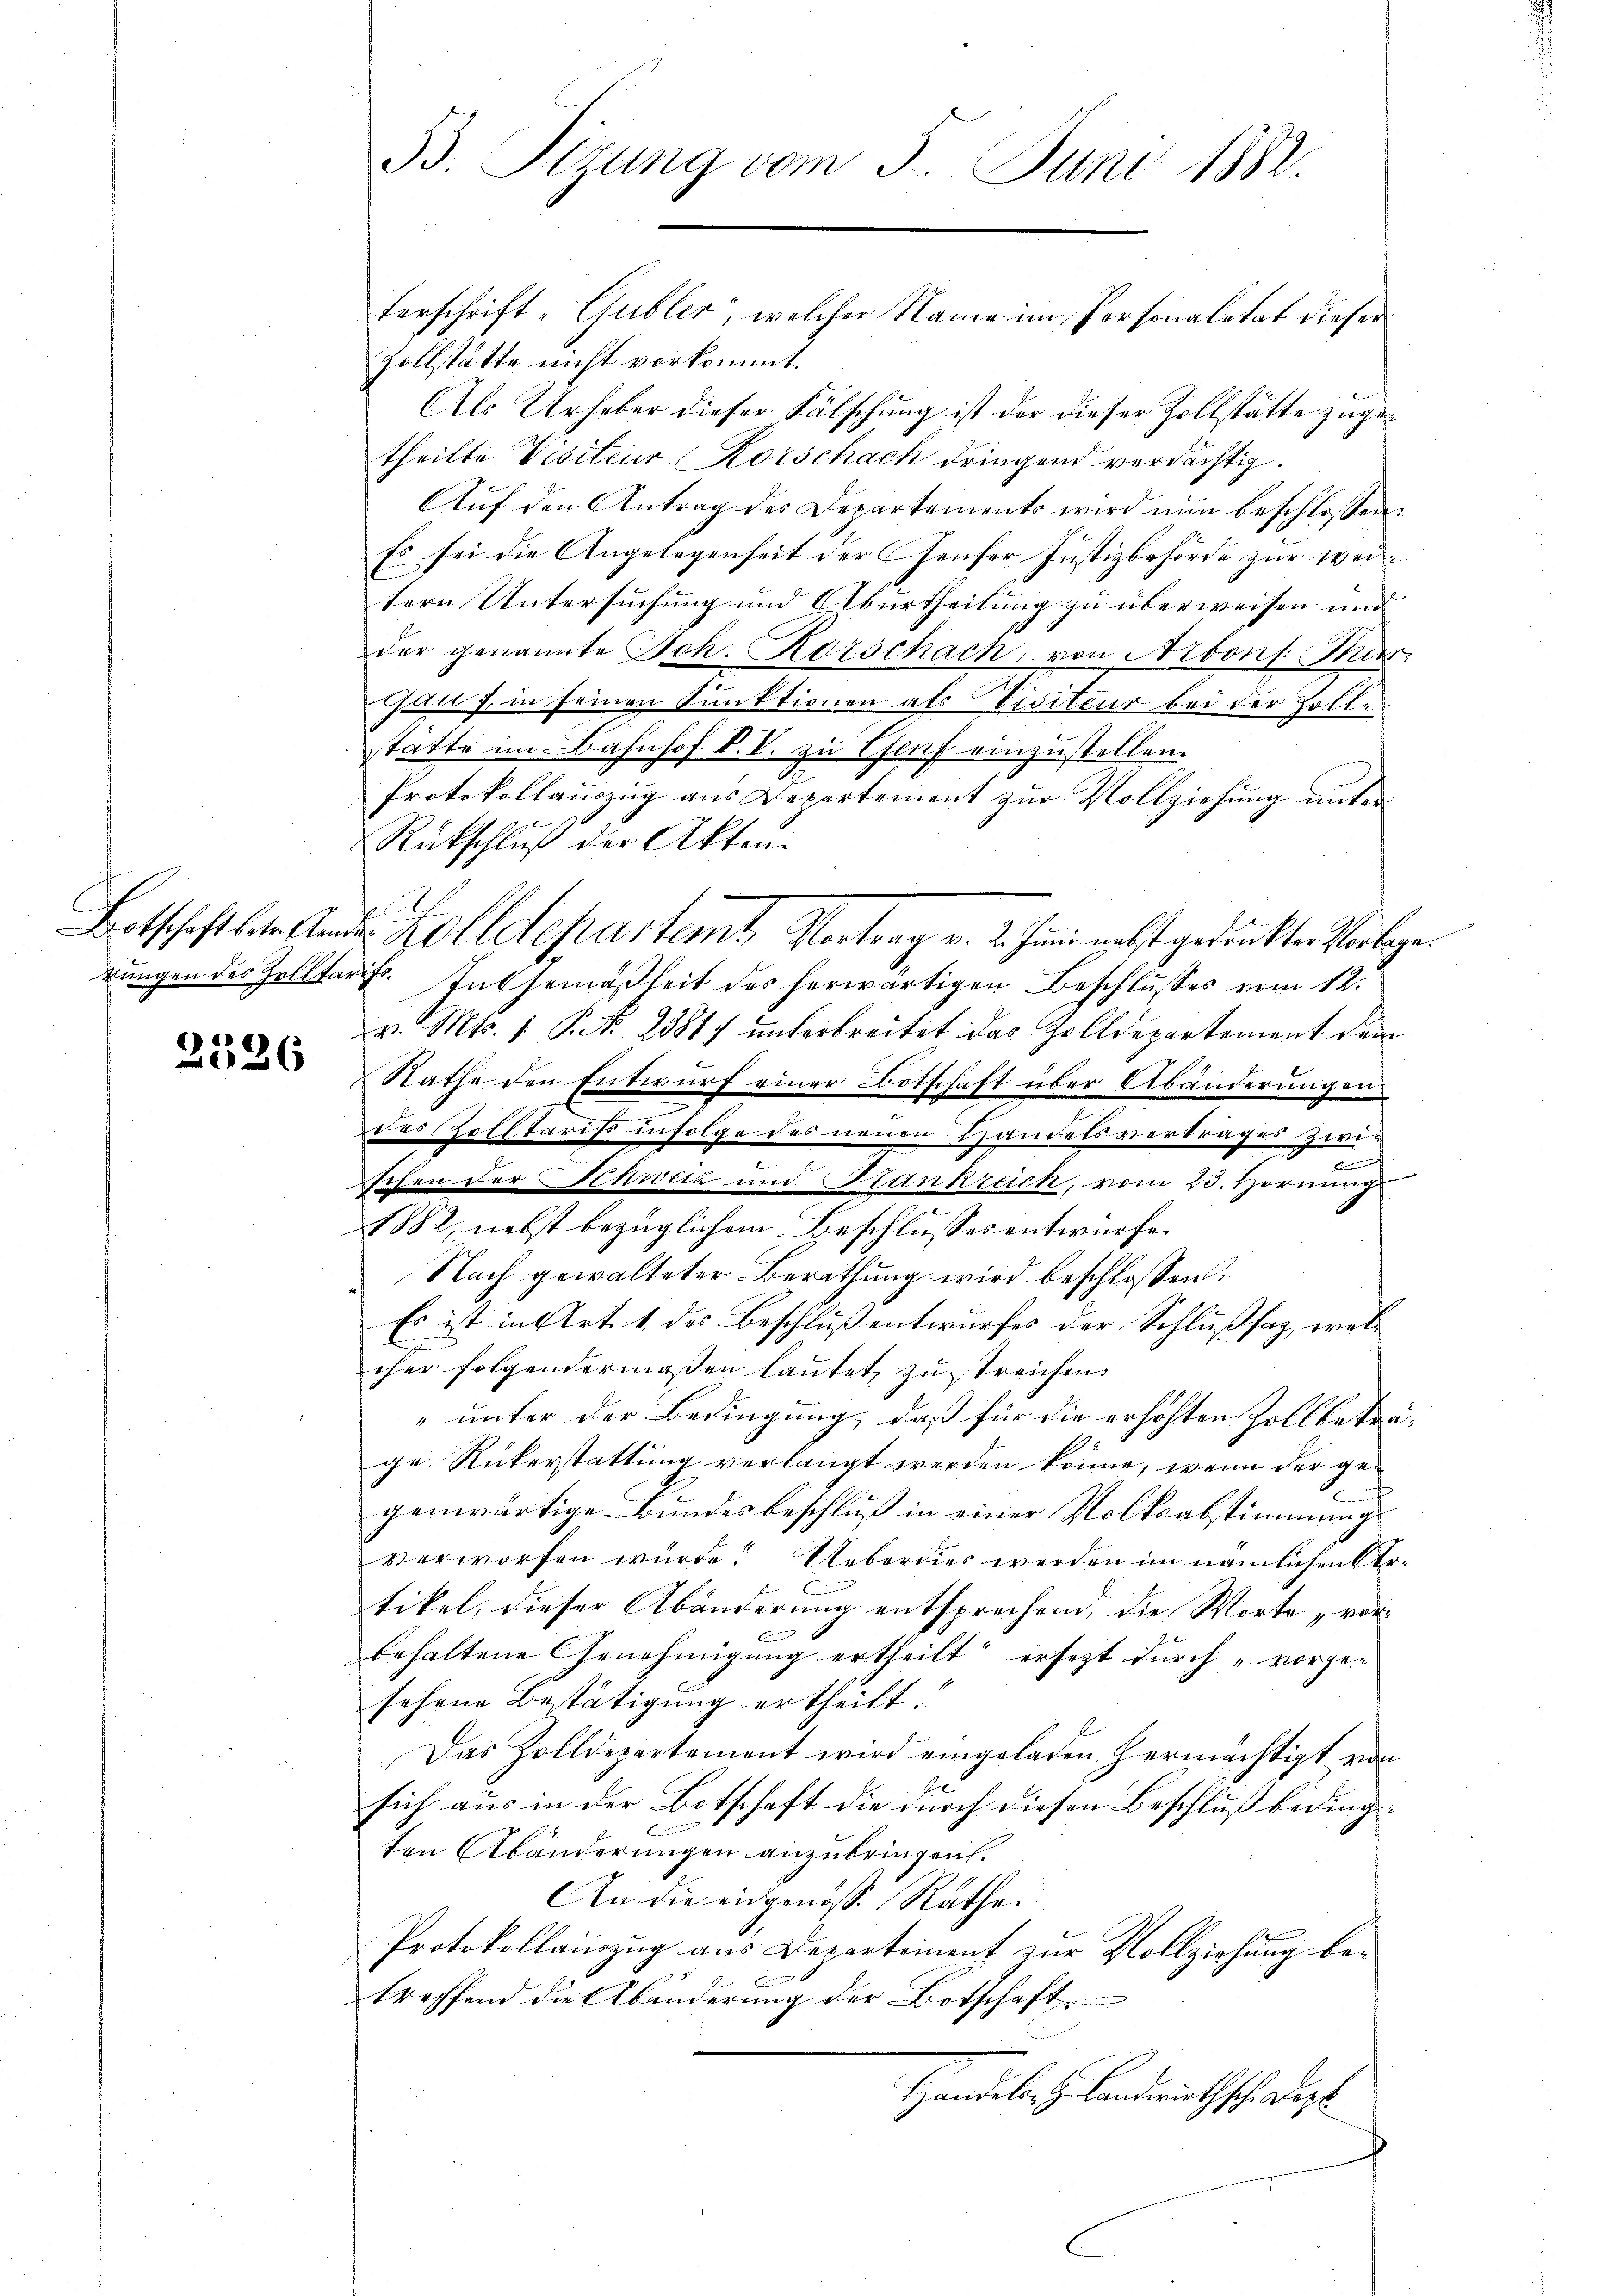
kungen des Zolltar

2326

B. Sizung vom 5. Juni 1882.

Zollstätte nicht vorkommt.
Als Urheber dieser Fälschung ist der dieser Zollstätte zugetheilte Visiteur Korschach dringend verdächtig.
Auf den Antrag des Departements wird nun beschlossen:
Es sei die Angelegenheit der Genfer Justizbehörde zur weil
tern Untersuchung und Aburtheilung zu überweisen und
der genannte Joh. Rorschach, von Arbons. Mur
Juli J. in seinen Sunktionen als Visiteur bei der Zollstätte im Bahnhof P. V. zu Genf einzustellen.
Protokollaŭszŭg ans Departement zŭr Vollziehŭng ŭnter-
Rückschluß der Akten.
E
Botschaft betr. Andes Zolldepartemt Vortrag v. 2. Juni nebst gedankten Verbegef. In Gemäßheit des herwärtigen Beschlusses vom 12.
v. Mts. 1 S. 28817 unterbreitet das Zolldepartement dem
Rathe den Entwurf einer Botschaft über Abänderungen
des Polftarifs infolge des neuen Handelsvertrages zwi¬
u
schen der Schweiz und Stankreich, vom 23. Hornung
1882, nebst bezüglichem Beschlusses entwürfe.
Nach gewalteter Berathung wird beschlossen:
Es ist in Art. 1 des Beschluß entwurfes der Schlußsaz, wel¬
E
cher folgendermaßen laŭtet zu streichen.
" unter der Bedingung, daß für die erhöhten Zollbeträ-
ge Rükerstattung verlangt werden könne, wenn der gegenwärtige Bundesbeschluß in einer Volksabstimmung
verworfen wurde. Ueberdies werden im nämlichen Artikel, dieser Abänderung entsprechend, die Worte „vor
behaltene Genehmigŭng ertheilt ersezt durch „vorge-
sehene Bestätigung ertheilt.
Das Zolldepartement wird eingeladen Hermächtigt von
sich aus in der Botschaft die durch diesen Beschluß bedingten Abänderungen anzubringen.
An die eidgenöss. Räthe.
Protokollauszug aus Departement zur Vollziehung betreffend die Abänderung der Botschaft
Handeler z. Landwirthsche degl

terschrift „Gubler, welcher Name im Personaletat dieser